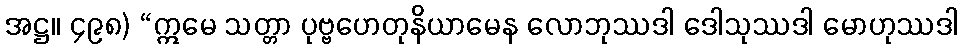
အဋ္ဌ။ ၄၉၈) “ဣမေ သတ္တာ ပုဗ္ဗဟေတုနိယာမေန လောဘုဿဒါ ဒေါသုဿဒါ မောဟုဿဒါ